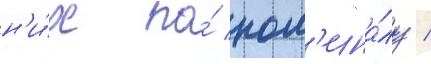
н'и́х по́ ном'ина́лу /